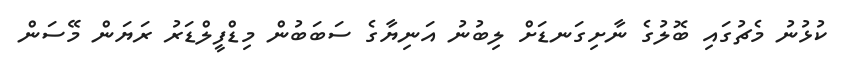
ކުޅުނު މެޗުގައި ބޮލުގެ ނާށިގަނޑަށް ލިބުނު އަނިޔާގެ ސަބަބުން މިޑްފީލްޑަރު ރަޔަން މޭސަން